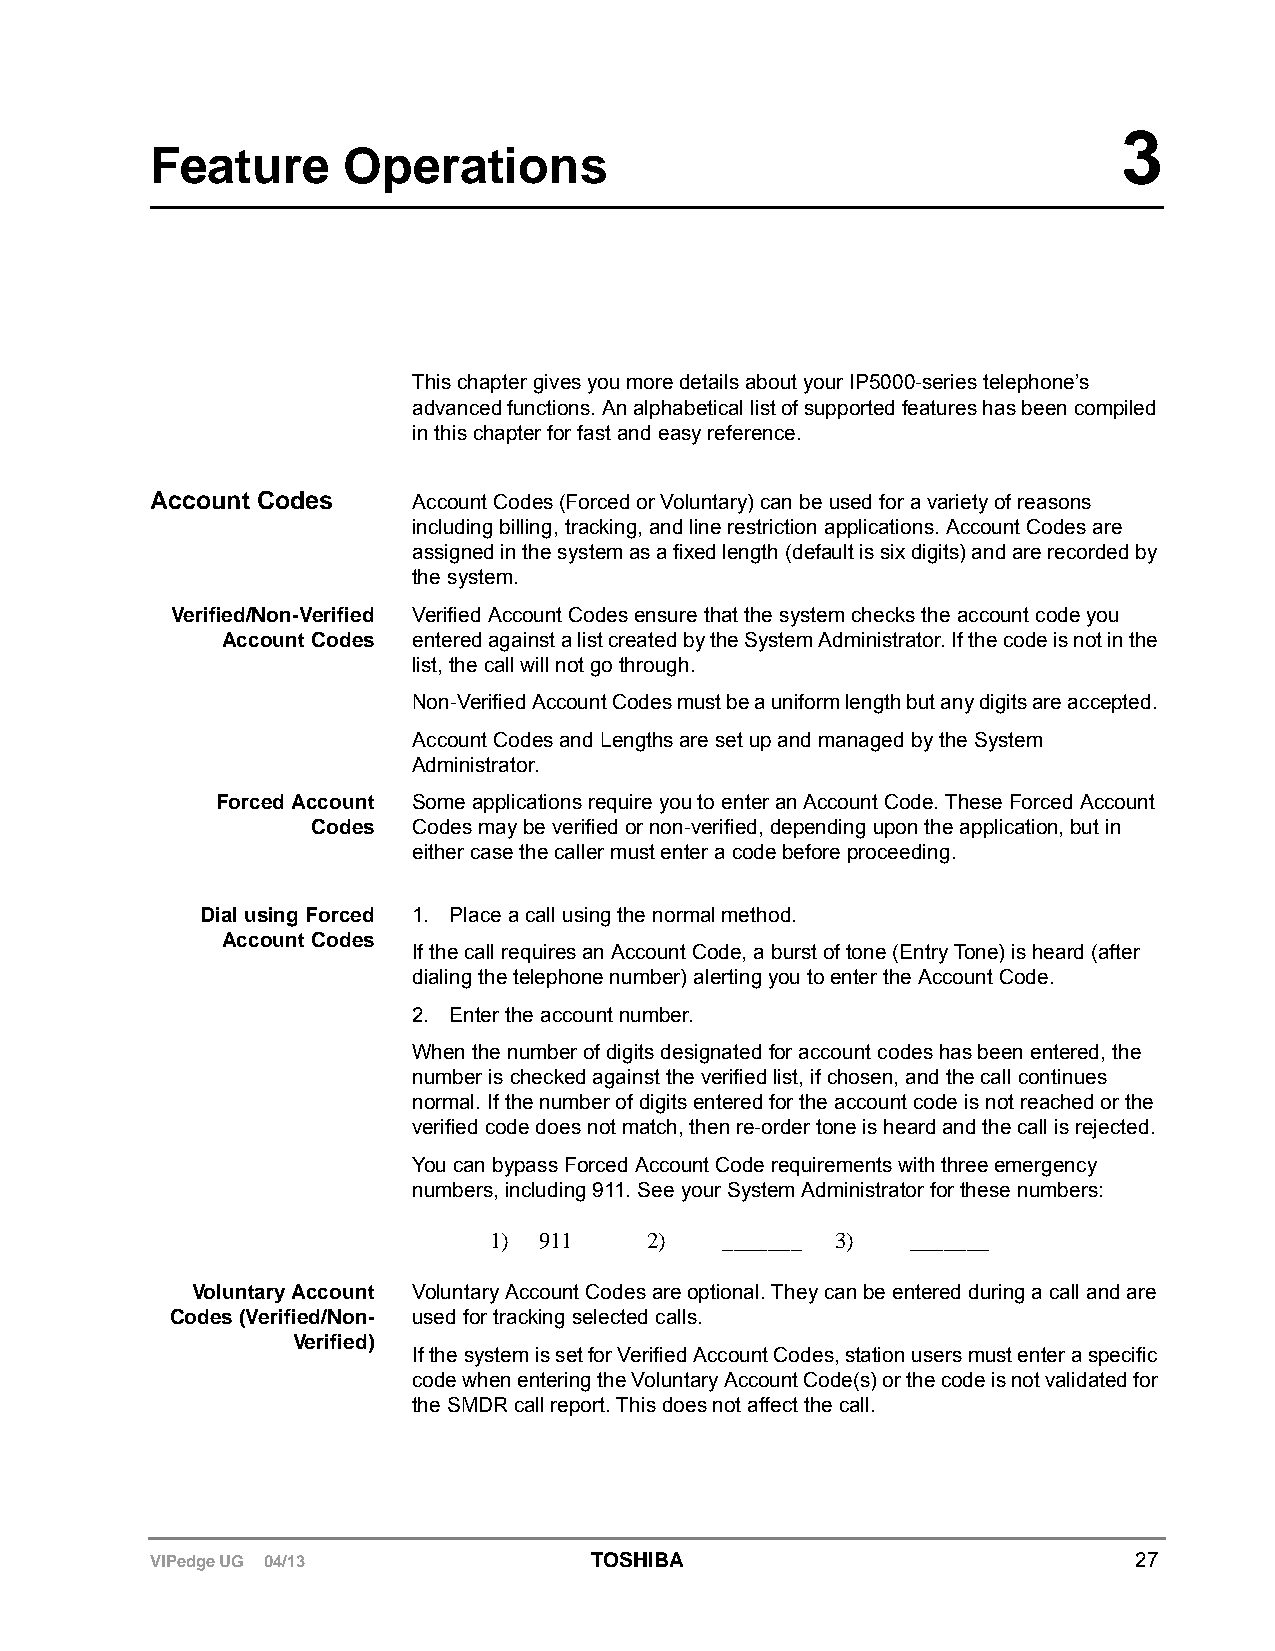
3
 Feature      Operations
 This chapter gives you more details about your IP5000-series telephone’s
 advanced functions. An alphabetical list of supported features has been compiled
 in this chapter for fast and easy reference.
 Account Codes    Account Codes (Forced or Voluntary) can be used for a variety of reasons
 including billing, tracking, and line restriction applications. Account Codes are
 assigned in the system as a fixed length (default is six digits) and are recorded by
 the system.
 Verified/Non-Verified Verified Account Codes ensure that the system checks the account code you
 Account Codes entered against a list created by the System Administrator. If the code is not in the
 list, the call will not go through.
 Non-Verified Account Codes must be a uniform length but any digits are accepted.
 Account Codes and Lengths are set up and managed by the System
 Administrator.
 Forced Account Some applications require you to enter an Account Code. These Forced Account
 Codes Codes may be verified or non-verified, depending upon the application, but in
 either case the caller must enter a code before proceeding.
 Dial using Forced 1. Place a call using the normal method.
 Account Codes
 If the call requires an Account Code, a burst of tone (Entry Tone) is heard (after
 dialing the telephone number) alerting you to enter the Account Code.
 2. Enter the account number.
 When the number of digits designated for account codes has been entered, the
 number is checked against the verified list, if chosen, and the call continues
 normal. If the number of digits entered for the account code is not reached or the
 verified code does not match, then re-order tone is heard and the call is rejected.
 You can bypass Forced Account Code requirements with three emergency
 numbers, including 911. See your System Administrator for these numbers:
 1)  911    2)   _______ 3)  _______
 Voluntary Account Voluntary Account Codes are optional. They can be entered during a call and are
 Codes (Verified/Non- used for tracking selected calls.
 Verified)
 If the system is set for Verified Account Codes, station users must enter a specific
 code when entering the Voluntary Account Code(s) or the code is not validated for
 the SMDR call report. This does not affect the call.
 VIPedge UG 04/13             TOSHIBA                             27